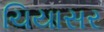
ચિયાસર